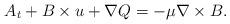
LaTeX: \begin{align*}\begin{aligned}A_{t}+B\times u+\nabla Q&=-\mu \nabla \times B.\end{aligned}\end{align*}